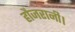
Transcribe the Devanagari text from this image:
हौजरानी।